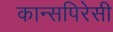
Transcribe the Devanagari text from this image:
कान्सपिरेसी